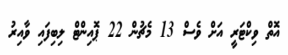
އޮތް ވިކްޓަރީ އަށް ވެސް 13 މެޗުން 22 ޕޮއިންޓް ލިބިފައި ވާއިރު